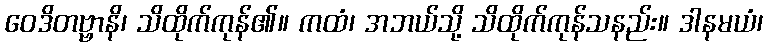
ဝေဒိတဗ္ဗာနိ၊ သိထိုက်ကုန်၏။ ကထံ၊ အဘယ်သို့ သိထိုက်ကုန်သနည်း။ ဒါနမယံ၊